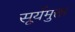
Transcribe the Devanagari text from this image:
सूर्यमुक्त